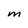
Character: M